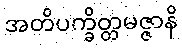
အတိပက္ခိတ္တမဇ္ဇာနိ